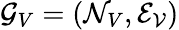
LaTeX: \mathcal{G}_{V}=(\mathcal{N}_{V},\mathcal{E_{V}})